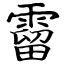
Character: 霤